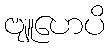
ဗျူဟေပိ